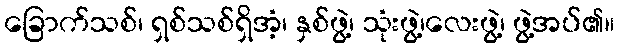
ခြောက်သစ်၊ ရှစ်သစ်ရှိအံ့၊ နှစ်ဖွဲ့၊ သုံးဖွဲ့၊လေးဖွဲ့၊ ဖွဲ့အပ်၏။